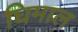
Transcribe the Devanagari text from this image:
घिमाल